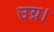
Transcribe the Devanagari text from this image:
उग्र।